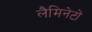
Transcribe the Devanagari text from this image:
लैमिनेटों